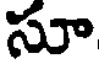
సూ